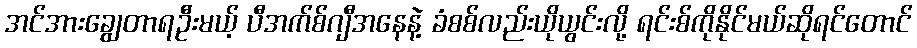
အင်အားချွေတာရဦးမယ့် ပီအက်စ်ဂျီအနေနဲ့ ခံစစ်လည်းယိုယွင်းလို့ ရင်းစ်ကိုနိုင်မယ်ဆိုရင်တောင်